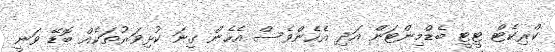
ކްރިކެޓް ޓީޓީ ބެޑްމިންޓަން އަދި އެހެންވެސް އެހެން ގިނަ ކުޅިވަރުތަކެއް ބޮޑޭ ވަނީ